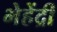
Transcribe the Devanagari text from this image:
भेहेंद्री